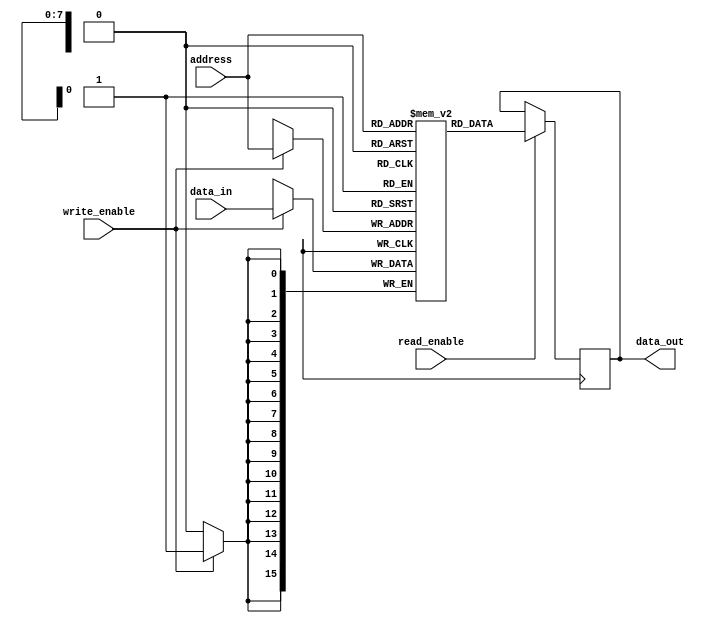
module Memory_Block(
    input [15:0] data_in,
    input [7:0] address,
    input read_enable,
    input write_enable,
    output reg [15:0] data_out
);

reg [15:0] memory [0:255];

always @ (posedge clock) begin
    if (read_enable) begin
        data_out <= memory[address];
    end
    if (write_enable) begin
        memory[address] <= data_in;
    end
end

endmodule